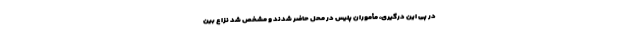
در پی این درگیری، مأموران پلیس در محل حاضر شدند و مشخص شد نزاع بین